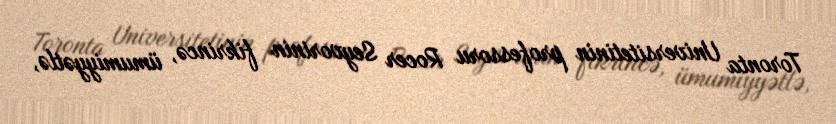
Toronta Universitetinin professoru Rocer Seyvorinin fikrincə, ümumiyyətlə,